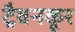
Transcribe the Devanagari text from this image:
ट्रैवनकूर